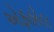
એફહોલ